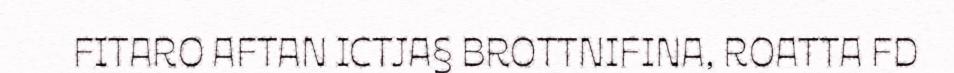
FITARO AFTAN ICTJA§ BROTTNIFINA, ROATTA FD